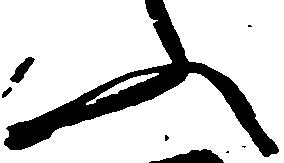
ふ